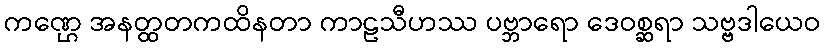
ကဏ္ဌေ အနတ္ထတကထိနတာ ကာဠသီဟဿ ပဗ္ဘာရော ဒေဝစ္ဆရာ သဗ္ဗဒါယေဝ